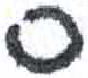
אות: ס